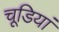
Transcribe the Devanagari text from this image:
चूडि़यां